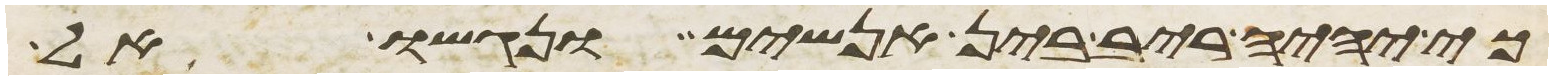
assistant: כי יהיה ריב בין אנשים ונגשו אל